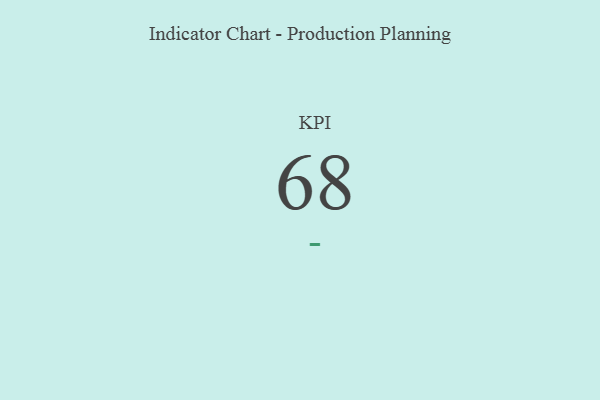
{"axis": {"x": "KPI", "y": "Value"}, "legend": [""], "data": [{"x": "KPI", "y": 68, "type": ""}]}